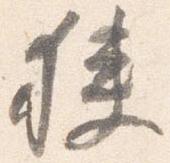
狭